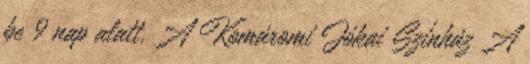
be 9 nap alatt. A Komáromi Jókai Színház A